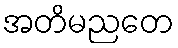
အတိမညတေ